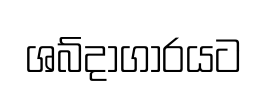
ශබ්දාගාරයට